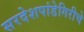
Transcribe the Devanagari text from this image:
सरदेशपांडेगिरीचे